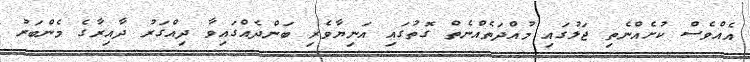
އެއްވެސް ކުށެއްނެތި ޖަލުގައި މުއްދަތެއްނެތް ގޮތުގައި އަނިޔާވެރި ބަންދެއްގައިވާ ދިއްގަރު ދާއިރާގެ މެންބަރު